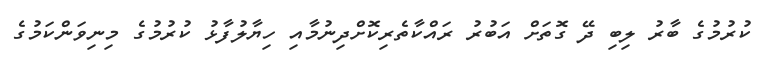
ކުރުމުގެ ބާރު ލިބި ދޭ ގޮތަށް އަބުރު ރައްކާތެރިކޮށްދިނުމާއި ހިޔާލުފާޅު ކުރުމުގެ މިނިވަންކަމުގެ